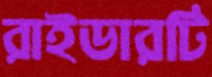
রাইডারটি